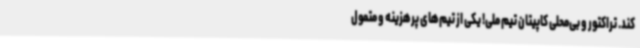
کند. تراکتور و بی‌محلی کاپیتان تیم ملی! یکی از تیم‌های پرهزینه و متمول